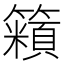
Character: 𬕿